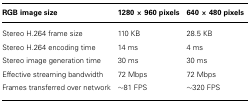
<table><thead><tr><td><b>RGB image size</b></td><td><b>1280 × 960 pixels</b></td><td><b>640 × 480 pixels</b></td></tr></thead><tbody><tr><td>Stereo H.264 frame size</td><td>110 KB</td><td>28.5 KB</td></tr><tr><td>Stereo H.264 encoding time</td><td>14 ms</td><td>4 ms</td></tr><tr><td>Stereo image generation time</td><td>30 ms</td><td>30 ms</td></tr><tr><td>Effective streaming bandwidth</td><td>72 Mbps</td><td>72 Mbps</td></tr><tr><td>Frames transferred over network</td><td>~81 FPS</td><td>~320 FPS</td></tr></tbody></table>